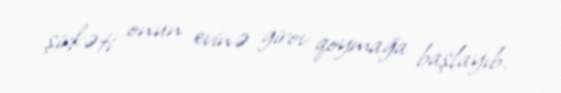
şirkəti onun evinə girov qoymağa başlayıb.